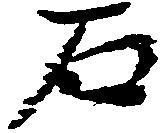
石